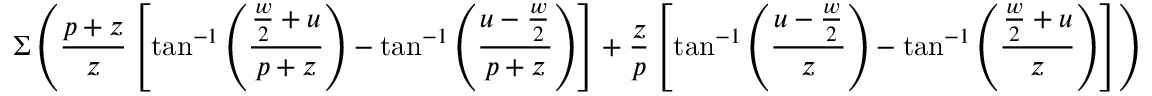
\Sigma \left( \frac { p + z } { z } \left[ \tan ^ { - 1 } \left( \frac { \frac { w } { 2 } + u } { p + z } \right) - \tan ^ { - 1 } \left( \frac { u - \frac { w } { 2 } } { p + z } \right) \right] + \frac { z } { p } \left[ \tan ^ { - 1 } \left( \frac { u - \frac { w } { 2 } } { z } \right) - \tan ^ { - 1 } \left( \frac { \frac { w } { 2 } + u } { z } \right) \right] \right)